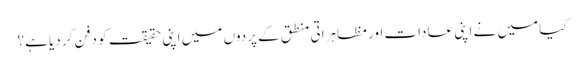
کیا میں نے اپنی عادات اور مظاہراتی منطق کے پردوں میں اپنی حقیقت کو دفن کر دیا ہے؟